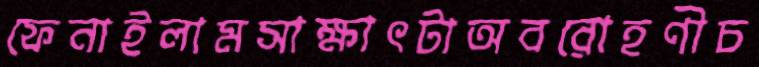
ফেনাইলামসাক্ষাৎটাঅবরোহণীচ